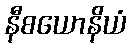
နီစယောနိယံ